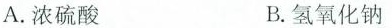
A.浓硫酸 B.氢氧化钠